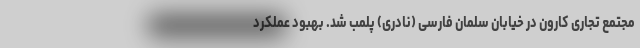
مجتمع تجاری کارون در خیابان سلمان فارسی (نادری) پلمب شد. بهبود عملکرد